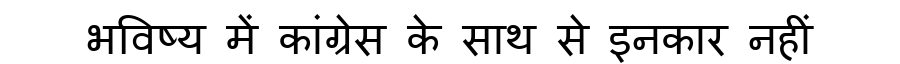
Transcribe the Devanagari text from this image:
भविष्य में कांग्रेस के साथ से इनकार नहीं